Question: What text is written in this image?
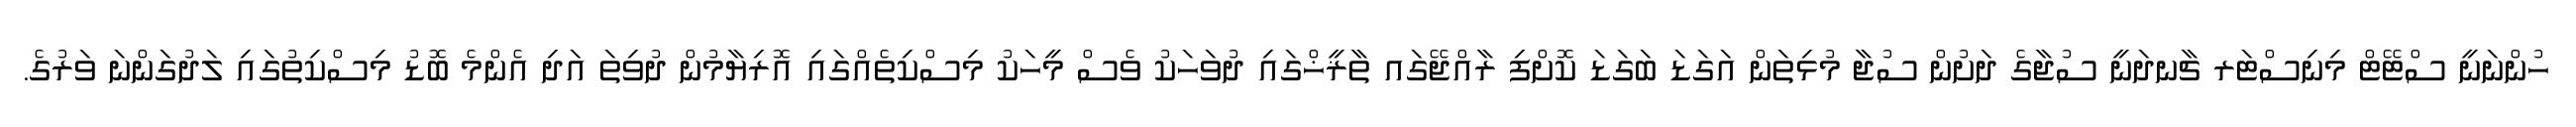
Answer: ހުންނަނީ ސްޓޭޓް މިނިސްޓަރ ޗާނދަނީ ސުޖާގެ ދަށުން ސުޖާ މުޅިތަން އަގަޑަ ބަގަޑަ ކޮށްފި ރާއްޖޭގައ ތާޜީޚްގައި ދުވަހަކު ވެސް މީހަކު މިސްކިތެއްގައި އޮރިޔާމުން ދުވިތަ އަދި އެންމެ ބޮޑު މިސްކިތުގައި ލަދުގަންނަ ވަރުގެ.